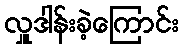
လှူဒါန်းခဲ့ကြောင်း